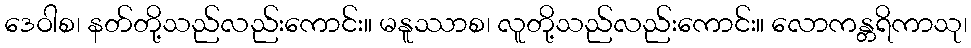
ဒေဝါစ၊ နတ်တို့သည်လည်းကောင်း။ မနူဿာစ၊ လူတို့သည်လည်းကောင်း။ လောကန္တရိကာသု၊